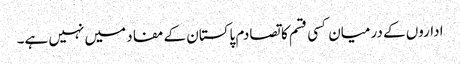
اداروں کے درمیان کسی قسم کا تصادم پاکستان کے مفاد میں نہیں ہے۔